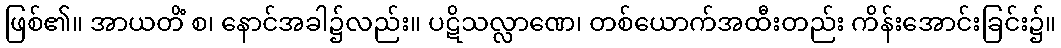
ဖြစ်၏။ အာယတိံ စ၊ နောင်အခါ၌လည်း။ ပဋိသလ္လာဏေ၊ တစ်ယောက်အထီးတည်း ကိန်းအောင်းခြင်း၌။